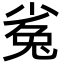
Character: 㝹